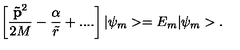
\left[ \frac { { \bf \tilde { p } } ^ { 2 } } { 2 M } - \frac \alpha { \tilde { r } } + . . . . \right] | \psi _ { m } > = E _ { m } | \psi _ { m } > .